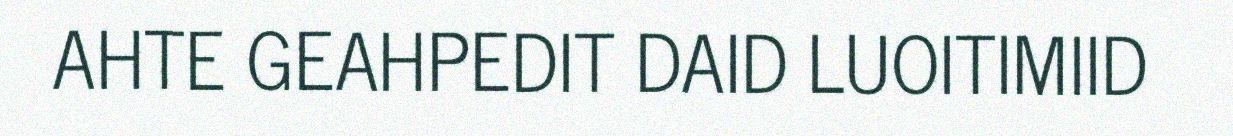
AHTE GEAHPEDIT DAID LUOITIMIID